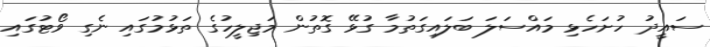
ސައީދު ހުށަހެޅި މައްސަލަ ބަލައިގަތުމާ ގުޅޭ ގޮތުން މަޖިލީހުގެ ތަޅުމުގައި ނެގި ވޯޓުގައި